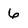
Character: 6